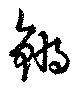
鏘